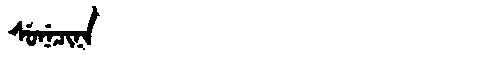
Manchu: ᠰᡠᠨᡝᠴᡳᠨᠠ
Romanization: SUNECINA